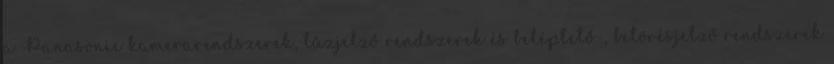
a Panasonic kamerarendszerek, tűzjelző rendszerek és beléptető-, betörésjelző rendszerek